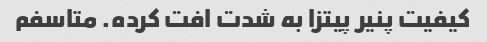
کیفیت پنیر پیتزا به شدت افت کرده. متاسفم